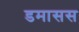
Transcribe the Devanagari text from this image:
डमासस